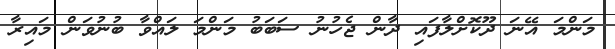
މަންމަ އޭނަ ދޫކޮށްލާފައި ދާން ޖެހުނު ސަބަބު މަންމަ ލައްވާ ބުނުވަން މައިރާ